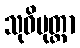
သုဝိမုတ္တာ